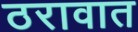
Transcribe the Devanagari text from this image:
ठरावात